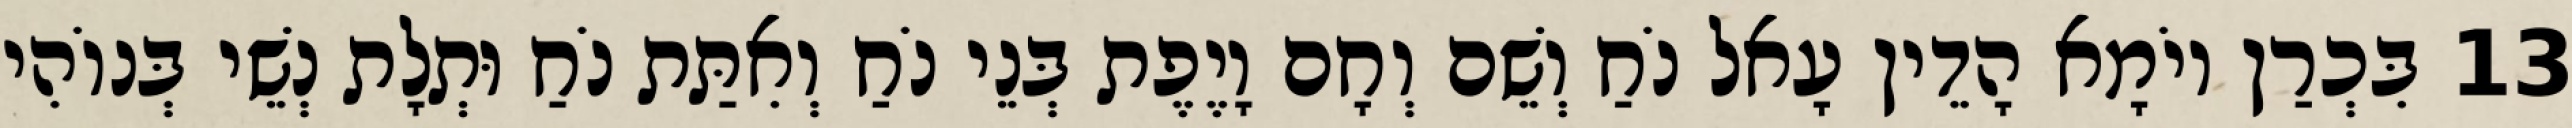
13 בִּכְרַן יוֹמָא הָדֵין עָאל נֹחַ וְשֵׁם וְחָם וָיֶפֶת בְּנֵי נֹחַ וְאִתַּת נֹחַ וּתְלָת נְשֵׁי בְּנוֹהִי